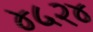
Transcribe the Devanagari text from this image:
४५२४